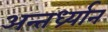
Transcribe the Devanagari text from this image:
अन्तर्ध्र्यान